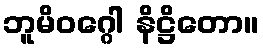
ဘူမိဝဂ္ဂေါ နိဋ္ဌိတော။